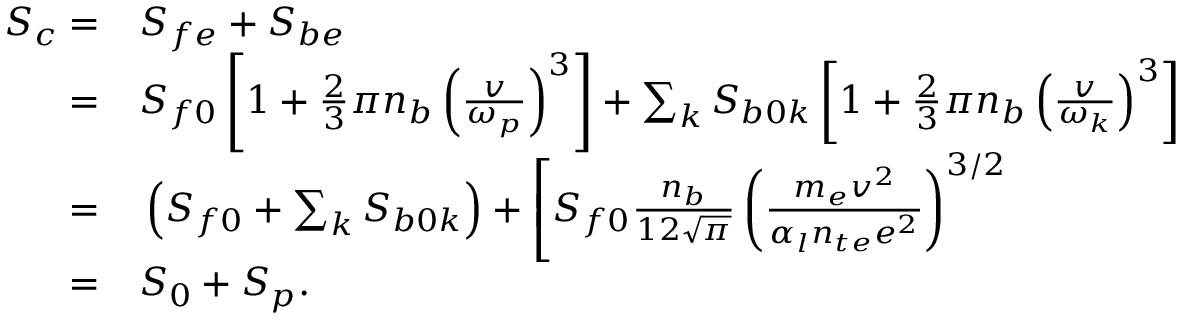
\begin{array} { r l } { S _ { c } = } & { { } S _ { f e } + S _ { b e } } \\ { = } & { { } S _ { f 0 } \left[ 1 + \frac { 2 } { 3 } \pi n _ { b } \left( \frac { v } { \omega _ { p } } \right) ^ { 3 } \right] + \sum _ { k } S _ { b 0 k } \left[ 1 + \frac { 2 } { 3 } \pi n _ { b } \left( \frac { v } { \omega _ { k } } \right) ^ { 3 } \right] } \\ { = } & { { } \left( S _ { f 0 } + \sum _ { k } S _ { b 0 k } \right) + \left[ S _ { f 0 } \frac { n _ { b } } { 1 2 \sqrt { \pi } } \left( \frac { m _ { e } v ^ { 2 } } { \alpha _ { l } n _ { t e } e ^ { 2 } } \right) ^ { 3 / 2 } \right. } \\ { = } & { { } S _ { 0 } + S _ { p } . } \end{array}